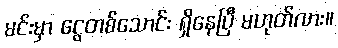
မင်းမှာ ငွေတစ်သောင်း ရှိနေပြီ မဟုတ်လား။